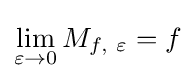
\lim _{\varepsilon \to 0}M_{f,\ \varepsilon }=f